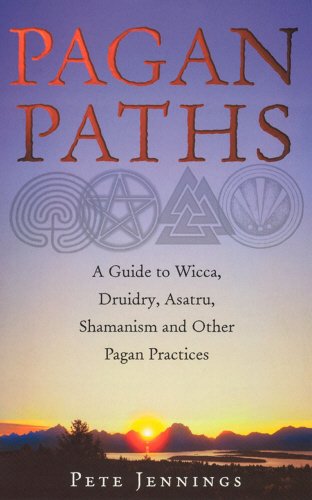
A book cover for Pagan Paths: A Guide to Wicca, Druidry, Asatru, Shamanism and Other Pagan Practices; Pete Jennings; Religion & Spirituality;